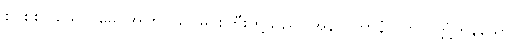
စင်စစ်။ ယေတုမှေ၊ အကြင်သင်မင်းကြီးတို့သည်။ အနာဂတာနံ၊ လာလတ္တံ့ကုန်သော။